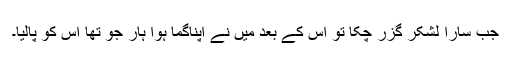
جب سارا لشکر گزر چکا تو اس کے بعد مَیں نے اپناگما ہوا ہار جو تھا اس کو پالیا۔